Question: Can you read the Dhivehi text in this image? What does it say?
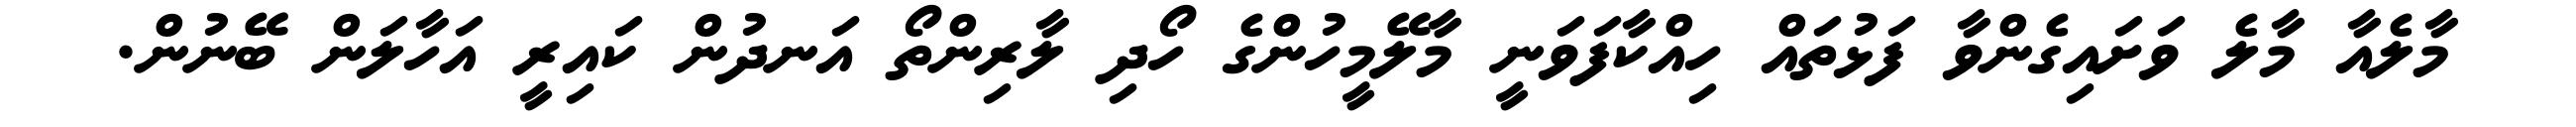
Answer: މާލެއާ މާލެ ވަށައިގެންވާ ފަޅުތައް ހިއްކާފަވަނީ މާލޭމީހުންގެ ހޯދި ލާރިންތޯ އަނދުން ކައިރީ އަހާލަން ބޭނުން.